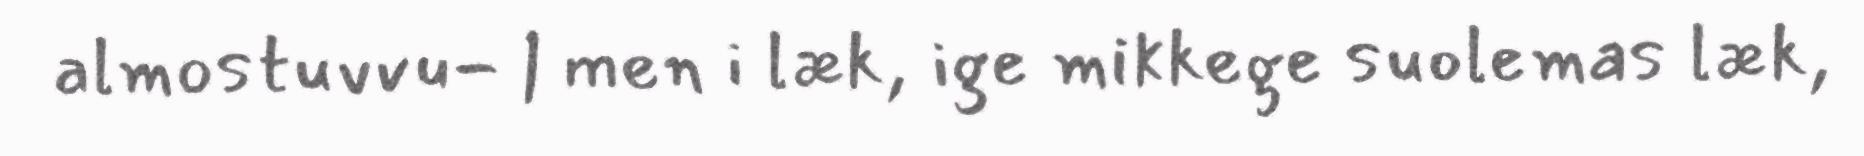
almostuvvu- | men i læk, ige mikkege suolemas læk,